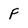
Character: f